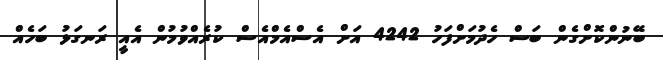
ބޭނުންކޮށްގެން ބަސް ހެދުމަށްފަހު 4242 އަށް އެސްއެމްއެސް ކުރެއްވުމުން އެއީ ރަނގަޅު ބަހެއް